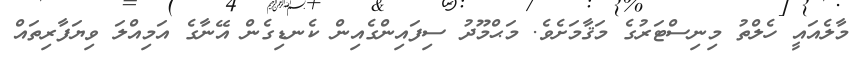
މާލެއައީ ހެލްތު މިނިސްޓަރުގެ މަޤާމަށެވެ. މަޙްމޫދު ސިފައިންގެއިން ކެނޑިގެން އޭނާގެ އަމިއްލަ ވިޔަފާރިތައް